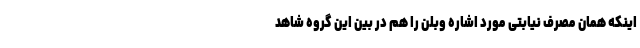
اینکه همان مصرف نیابتی مورد اشاره وبلن را هم در بین این گروه شاهد